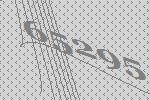
65295